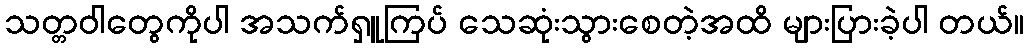
သတ္တဝါတွေကိုပါ အသက်ရှူကြပ် သေဆုံးသွားစေတဲ့အထိ များပြားခဲ့ပါ တယ်။